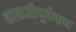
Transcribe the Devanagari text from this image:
काळजीपुर्वकच